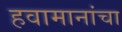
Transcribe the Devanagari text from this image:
हवामानांचा